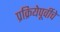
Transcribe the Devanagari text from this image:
प्रक्रियेपूर्वीचे